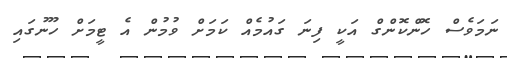
ނަމަވެސް ހޮންކޮންގް އަކީ ފިނަ ގައުމެއް ކަމަށް ވުމުން އެ ޓީމަށް ހޫނުގައި